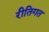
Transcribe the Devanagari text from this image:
रीतिगत